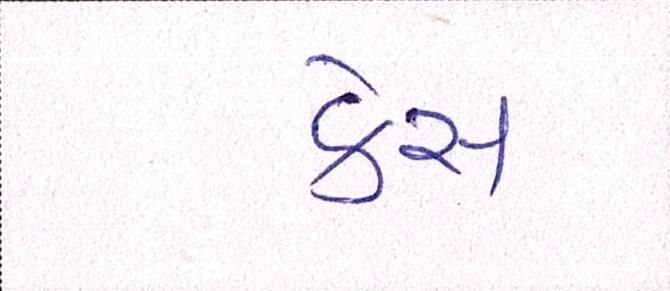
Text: કેસ